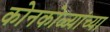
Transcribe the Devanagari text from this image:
कोनकोळ्यांच्या